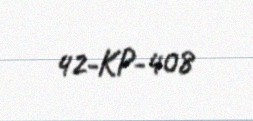
42-KP-408